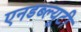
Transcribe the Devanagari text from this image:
एनडब्ल्यूटी